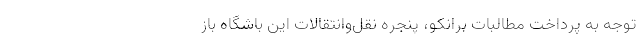
توجه به پرداخت مطالبات برانکو، پنجره نقل‌وانتقالات این باشگاه باز